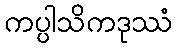
ကပ္ပါသိကဒုဿံ